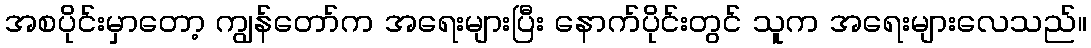
အစပိုင်းမှာတော့ ကျွန်တော်က အရေးများပြီး နောက်ပိုင်းတွင် သူက အရေးများလေသည်။